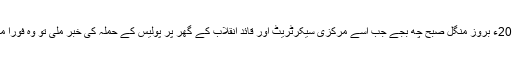
17 جون 2014ء بروز منگل صبح چھ بجے جب اُسے مرکزی سیکرٹریٹ اور قائد انقلاب کے گھر پر پولیس کے حملہ کی خبر ملی تو وہ فوراً مرکز پہنچ گیا۔